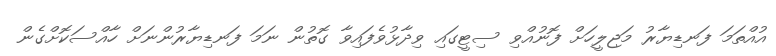
އުއްތަމަ ފަނޑިޔާރު މަޖިލީހަށް ފޮނުއްވި ސިޓީގައި ވިދާޅުވެފައިވާ ގޮތުން ނަމަ ފަނޑިޔާރުންނަށް ހާއްސަކޮށްގެން